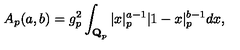
A _ { p } ( a , b ) = g _ { p } ^ { 2 } \int _ { { \bf Q } _ { p } } \vert x \vert _ { p } ^ { a - 1 } | 1 - x | _ { p } ^ { b - 1 } d x ,